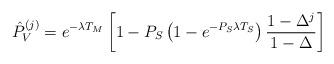
LaTeX: \begin{align*}&\hat{P}_{V}^{(j)} = e^{-\lambda T_{M}}\left[1-P_S\left(1-e^{-P_S\lambda T_S}\right) \frac{1-\Delta^j}{1-\Delta}\right]\end{align*}